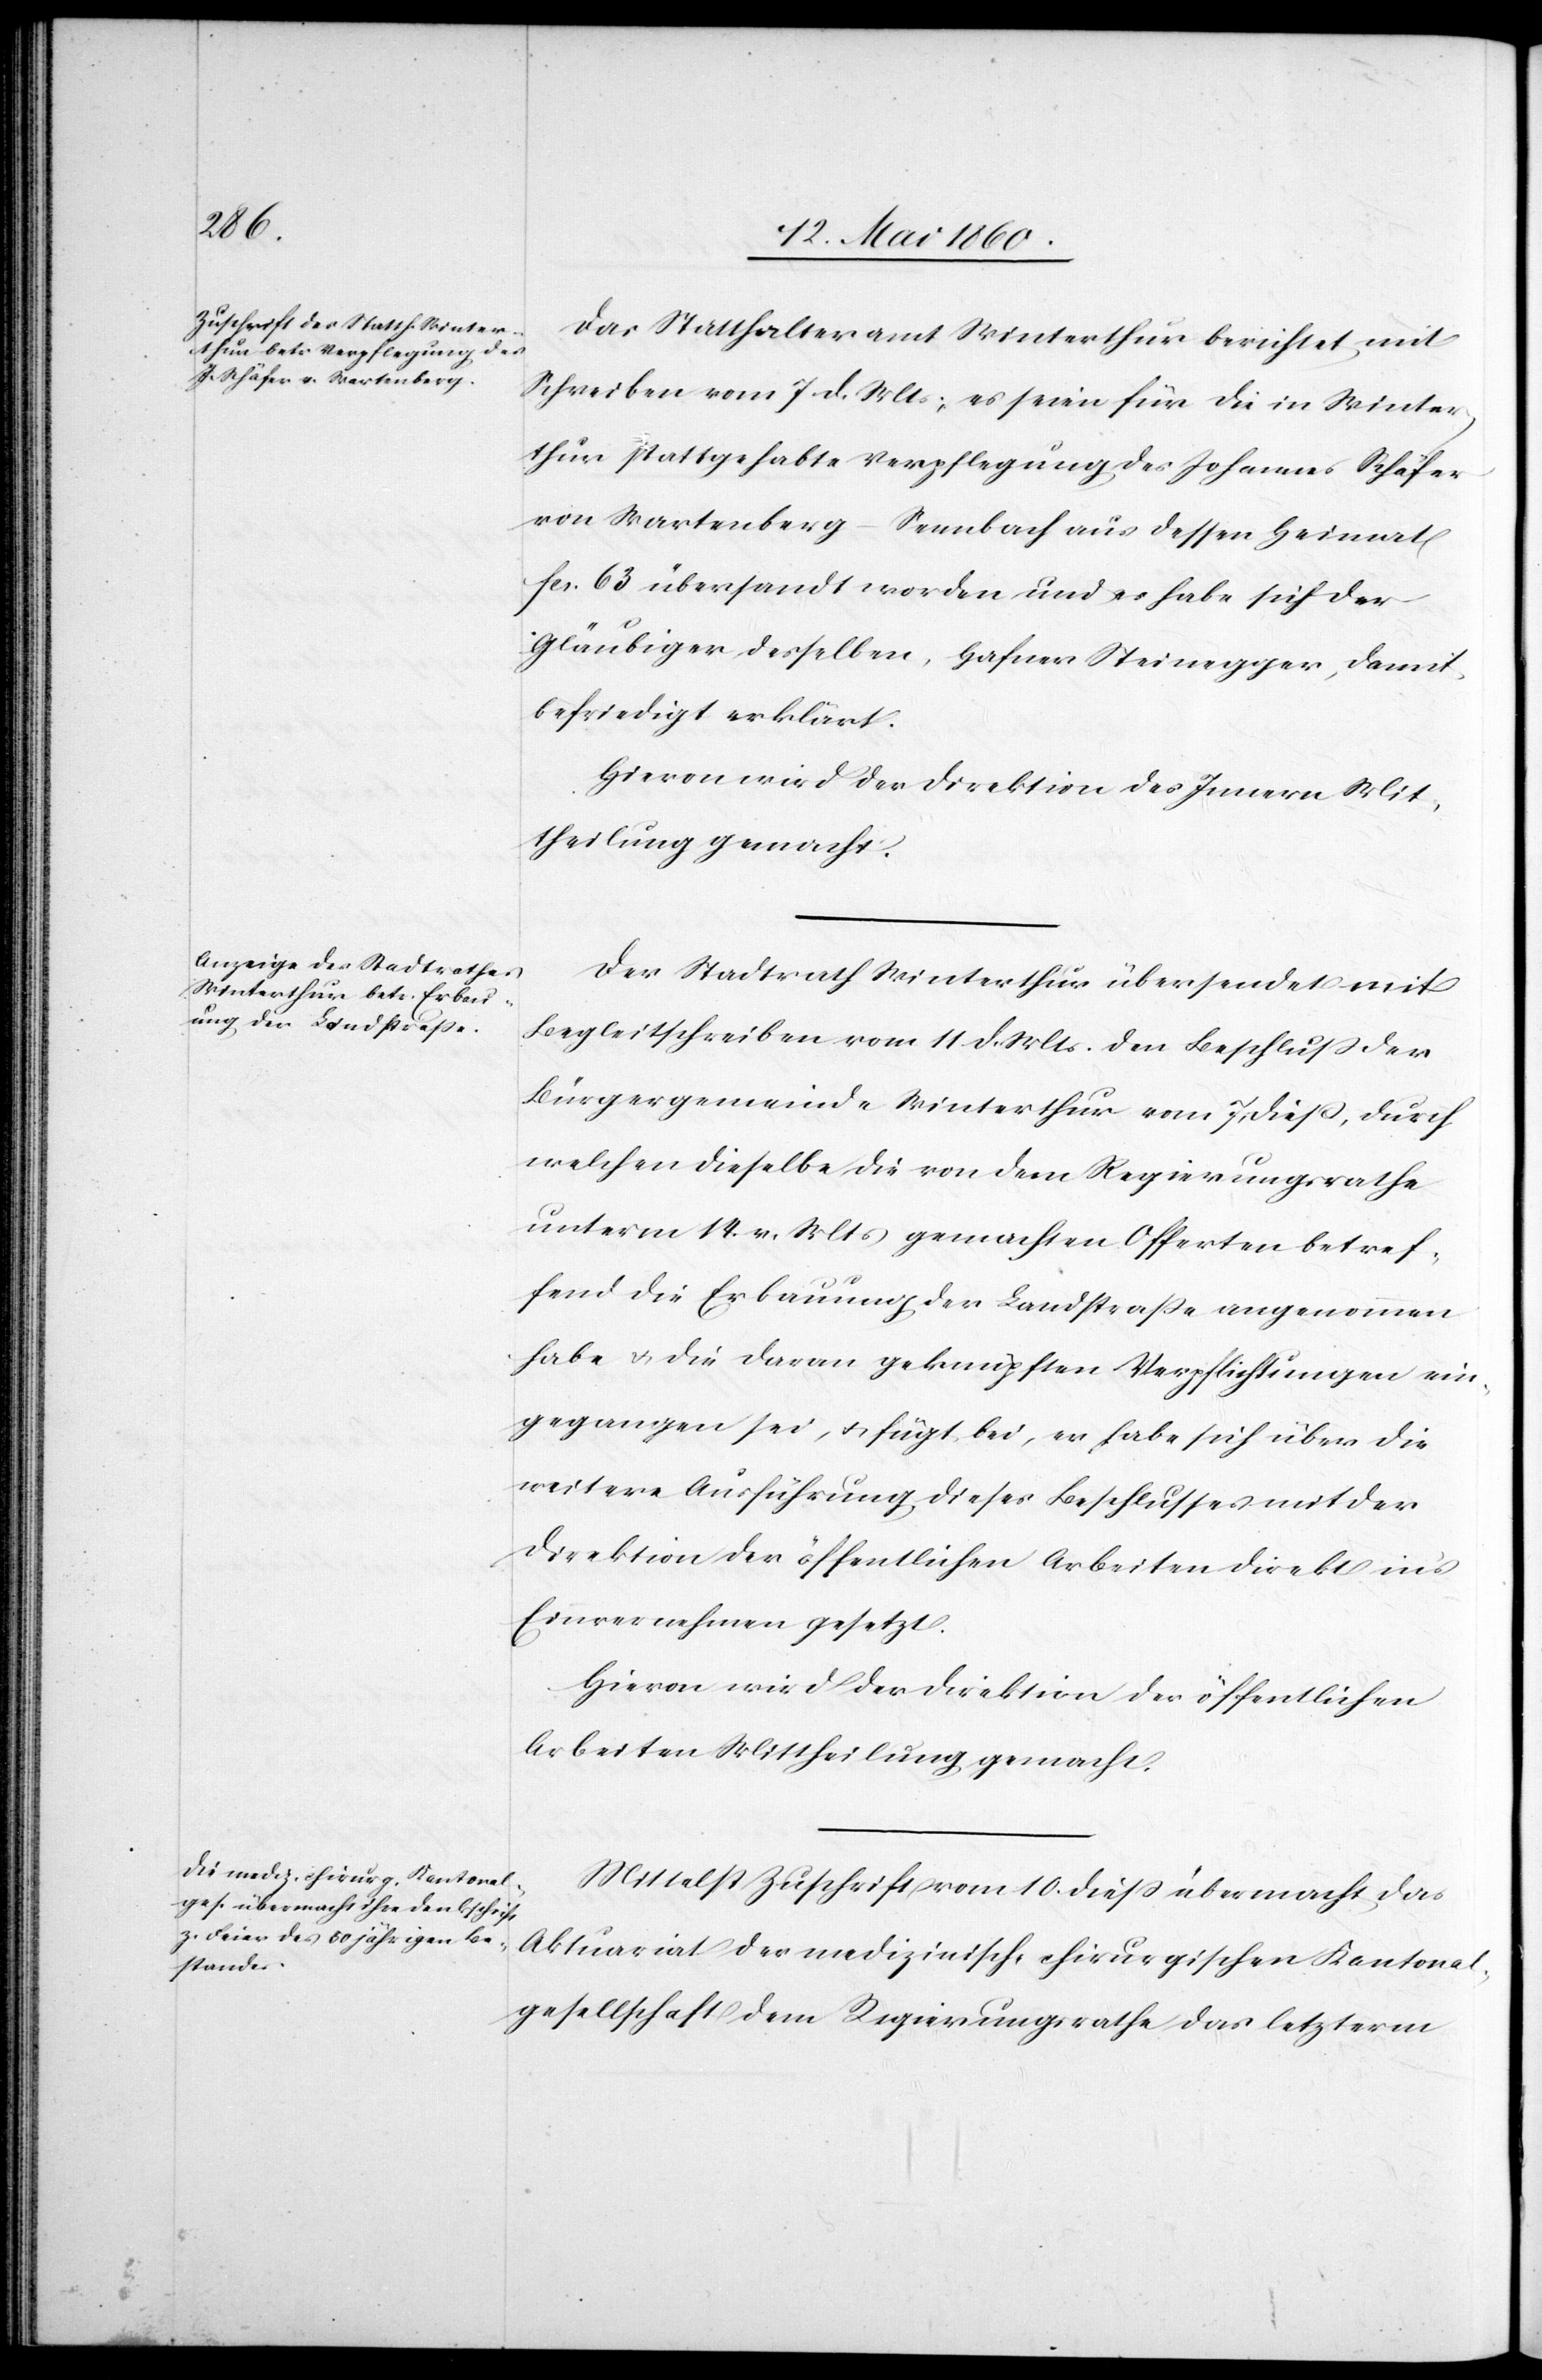
Das Statthalteramt Winterthur berichtet mit
Schreiben vom 7. d. Mts, es seien für die in Winter¬
thur stattgehabte Verpflegung des Johannes Schäfer
von Wartenber¬
g-Sennbach aus dessen Heimath
fcs. 63 übersandt worden und es habe sich der
Gläubiger desselben, Hafner Steinegger, damit
befriedigt erklärt.
Hievon wird der Direktion des Innern Mit¬
theilung gemacht.
Der Stadtrath Winterthur übersendet mit
Begleitschreiben vom 11. d. Mts. den Beschluss der
Bürgergemeinde Winterthur vom 7. diess, durch
welchen dieselbe die von dem Regierungsrathe
unterm 14. v. Mts. gemachten Offerten betref¬
fend die Erbauung der Landstrasse angenommen
habe u. die daran geknüpften Verpflichtungen ein¬
gegangen sei, u. fügt bei, es habe sich über die
weitere Ausführung dieses Beschlusses mit der
Direktion der öffentlichen Arbeiten direkt ins
Einvernehmen gesetzt.
Hievon wird der Direktion der öffentlichen
Arbeiten Mittheilung gemacht.
Mittelst Zuschrift vom 10. diess übermacht das
Aktuariat der medizinisch-chirurgischen Kantonal¬
gesellschaft dem Regierungsrathe das letzterm